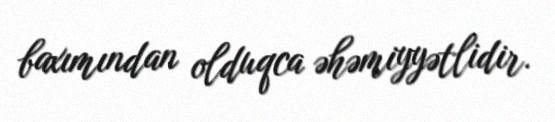
baxımından olduqca əhəmiyyətlidir.